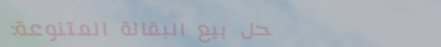
محل بيع البقالة المتنوعة: